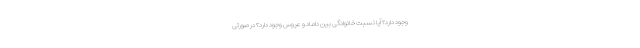
وجود دارد؟ آیا نسبت خانوادگی بین داماد و عروس وجود دارد؟ در صورتی